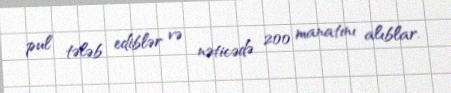
pul tələb ediblər və nəticədə 200 manatını alıblar.